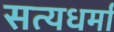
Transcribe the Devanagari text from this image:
सत्यधर्मा